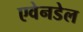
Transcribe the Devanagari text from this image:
एवेनडेल